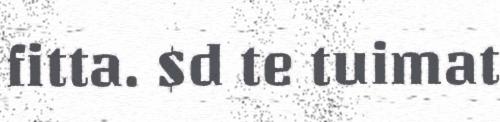
fitta. $d te tuimat